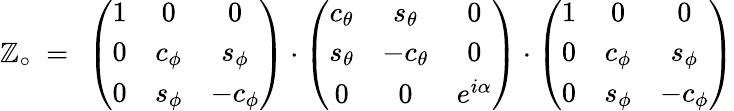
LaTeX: \mathbb{Z}_{\circ}\ =\ \left(\begin{array}{ccc}{{1}}&{{0}}&{{0}}\\ {{0}}&{{c_{\phi}}}&{{s_{\phi}}}\\ {{0}}&{{s_{\phi}}}&{{-c_{\phi}}}\end{array}\right)\cdot\left(\begin{array}{ccc}{{c_{\theta}}}&{{s_{\theta}}}&{{0}}\\ {{s_{\theta}}}&{{-c_{\theta}}}&{{0}}\\ {{0}}&{{0}}&{{e^{i\alpha}}}\end{array}\right)\cdot\left(\begin{array}{ccc}{{1}}&{{0}}&{{0}}\\ {{0}}&{{c_{\phi}}}&{{s_{\phi}}}\\ {{0}}&{{s_{\phi}}}&{{-c_{\phi}}}\end{array}\right)